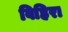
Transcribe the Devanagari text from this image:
विहिरा